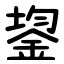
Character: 鋆